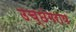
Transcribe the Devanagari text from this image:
उच्छंगराय